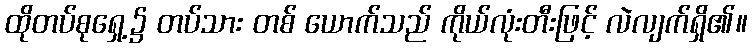
ထိုတပ်စုရှေ့၌ တပ်သား တစ် ယောက်သည် ကိုယ်လုံးတီးဖြင့် လဲလျက်ရှိ၏။